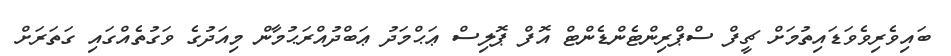
ބައިވެރިވެވަޑައިތުމަށް ޗީފް ސްޕްރިންޓެންޑެންޓް އޮފް ޕޮލިސް ޢަޙްމަދު ޢަބްދުއްރަޙުމާން މިއަދުގެ ވަގުތެއްގައި ގަތަރަށް